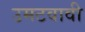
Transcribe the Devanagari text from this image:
उमटवावी